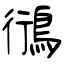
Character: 鴴